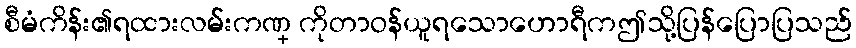
စီမံကိန်း၏ရထားလမ်းကဏ္ ကိုတာဝန်ယူရသောဟောရီကဤသို့ပြန်ပြောပြသည်